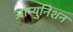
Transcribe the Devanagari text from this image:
आम्युनिशन